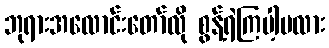
ဘုရားအလောင်းတော်လို စွန့်ရဲကြပါ့မလား